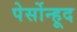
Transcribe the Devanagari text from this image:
पेर्सोन्हूद